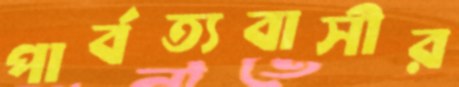
পার্বত্যবাসীর